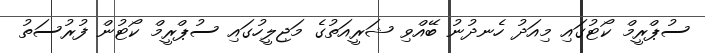
ސުޕްރީމް ކޯޓުގައި މިއަދު ހެނދުނު ބޭއްވި ޝަރީއަތުގެ މަޖިލީހުގައި ސުޕްރީމް ކޯޓުން ފުރުސަތު